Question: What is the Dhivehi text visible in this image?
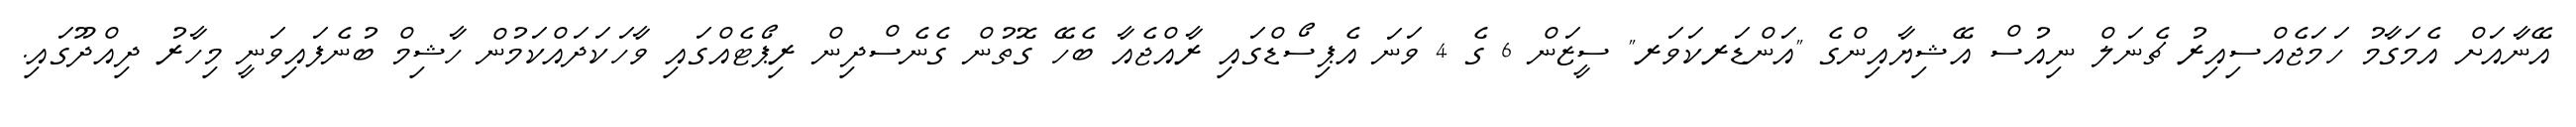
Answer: އޭނާއަށް އެމަގާމު ހަމަޖެއްސިއިރު ޗެނަލް ނިއުސް އޭޝިޔާއިންގެ "އަންޑަރކަވަރ" ސީޒަން 6 ގެ 4 ވަނަ އެޕިސޯޑްގައި ރާއްޖެއާ ބެހޭ ގޮތުން ގެނެސްދިން ރިޕޯޓެއްގައި ވާހަކަދައްކަމުން ހާޝިމް ބުނެފައިވަނީ މިހާރު ދިއްދޫގައި.